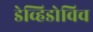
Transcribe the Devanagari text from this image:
डेव्हिडोविच